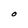
Character: O